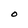
Character: O